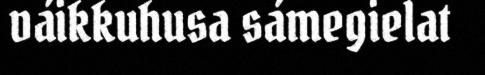
váikkuhusa sámegielat